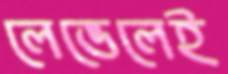
লেভেলেই